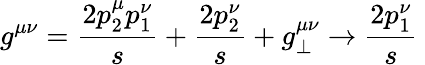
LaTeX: g^{\mu\nu}=\frac{2p_{2}^{\mu}p_{1}^{\nu}}{s}+\frac{2p_{2}^{\nu}}{s}+g_{\perp}^{\mu\nu}\rightarrow\frac{2p_{1}^{\nu}}{s}~